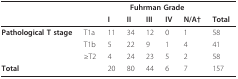
<table><thead><tr><td></td><td></td><td colspan="5"><b>Fuhrman Grade</b></td><td></td></tr><tr><td></td><td></td><td><b>I</b></td><td><b>II</b></td><td><b>III</b></td><td><b>IV</b></td><td><b>N/A†</b></td><td><b>Total</b></td></tr></thead><tbody><tr><td><b>Pathological T stage</b></td><td>T1a</td><td>11</td><td>34</td><td>12</td><td>0</td><td>1</td><td>58</td></tr><tr><td></td><td>T1b</td><td>5</td><td>22</td><td>9</td><td>1</td><td>4</td><td>41</td></tr><tr><td></td><td>≥T2</td><td>4</td><td>24</td><td>23</td><td>5</td><td>2</td><td>58</td></tr><tr><td colspan="2"><b>Total</b></td><td>20</td><td>80</td><td>44</td><td>6</td><td>7</td><td>157</td></tr></tbody></table>